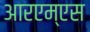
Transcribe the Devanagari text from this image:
आरएम्एस